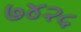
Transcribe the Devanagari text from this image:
७४२५